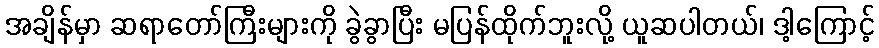
အချိန်မှာ ဆရာတော်ကြီးများကို ခွဲခွာပြီး မပြန်ထိုက်ဘူးလို့ ယူဆပါတယ်၊ ဒါ့ကြောင့်